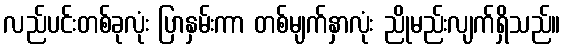
လည်ပင်းတစ်ခုလုံး ပြာနှမ်းကာ တစ်မျက်နှာလုံး ညိုမည်းလျက်ရှိသည်။